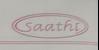
Signature authenticity: forged